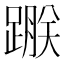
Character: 𨃵